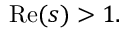
\operatorname { R e } ( s ) > 1 .